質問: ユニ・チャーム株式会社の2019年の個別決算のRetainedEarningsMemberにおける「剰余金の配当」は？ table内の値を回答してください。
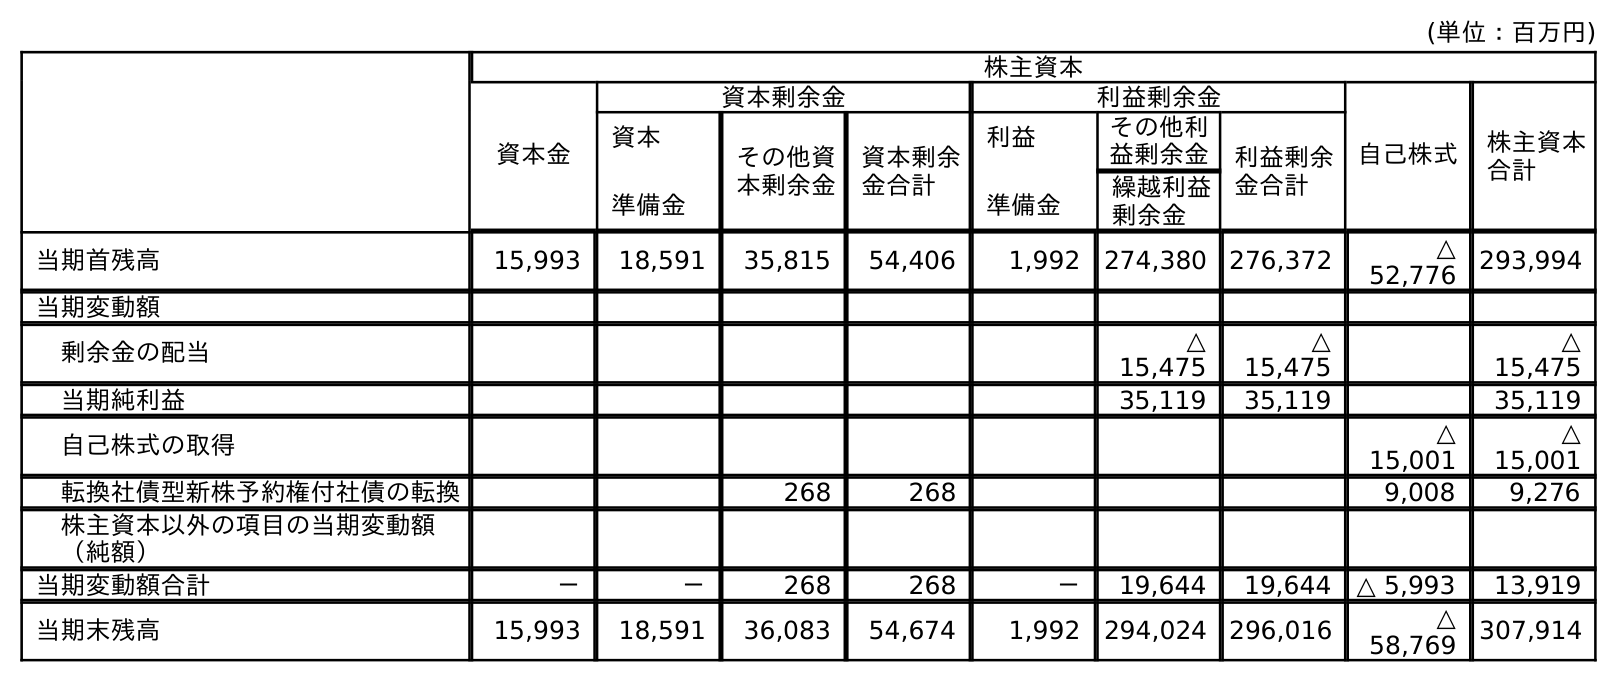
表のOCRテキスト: (単位：百万円) 株主資本 資本金 資本剰余金 利益剰余金 自己株式 株主資本 合計 資本 準備金 その他資 本剰余金 資本剰余 金合計 利益 準備金 その他利 益剰余金 利益剰余 金合計 繰越利益 剰余金 当期首残高 15,993 18,591 35,815 54,406 1,992 274,380 276,372 △ 52,776 293,994 当期変動額 剰余金の配当 △ 15,475 △ 15,475 △ 15,475 当期純利益 35,119 35,119 35,119 自己株式の取得 △ 15,001 △ 15,001 転換社債型新株予約権付社債の転換 268 268 9,008 9,276 株主資本以外の項目の当期変動額 （純額） 当期変動額合計 － － 268 268 － 19,644 19,644 △ 5,993 13,919 当期末残高 15,993 18,591 36,083 54,674 1,992 294,024 296,016 △ 58,769 307,914
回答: △15,475